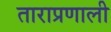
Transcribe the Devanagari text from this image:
ताराप्रणाली